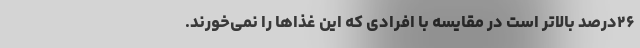
۲۶درصد بالاتر است در مقایسه با افرادی که این غذا‌ها را نمی‌خورند.